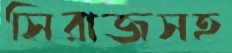
সিরাজসহ